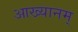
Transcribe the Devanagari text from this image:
आख्यानम्